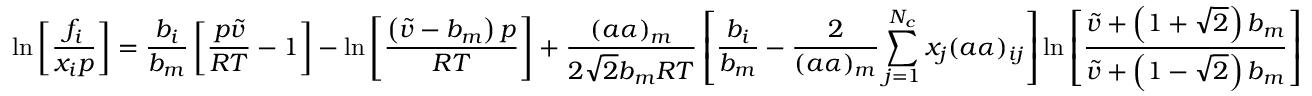
\ln { \left[ \frac { f _ { i } } { x _ { i } p } \right] } = \frac { b _ { i } } { b _ { m } } \left[ \frac { p \tilde { v } } { R T } - 1 \right] - \ln { \left[ \frac { \left( \tilde { v } - b _ { m } \right) p } { R T } \right] } + \frac { ( a \alpha ) _ { m } } { 2 \sqrt { 2 } b _ { m } R T } \left[ \frac { b _ { i } } { b _ { m } } - \frac { 2 } { ( a \alpha ) _ { m } } \sum _ { j = 1 } ^ { N _ { c } } x _ { j } ( a \alpha ) _ { i j } \right] \ln { \left[ \frac { \tilde { v } + \left( 1 + \sqrt { 2 } \right) b _ { m } } { \tilde { v } + \left( 1 - \sqrt { 2 } \right) b _ { m } } \right] }